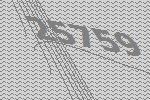
25759